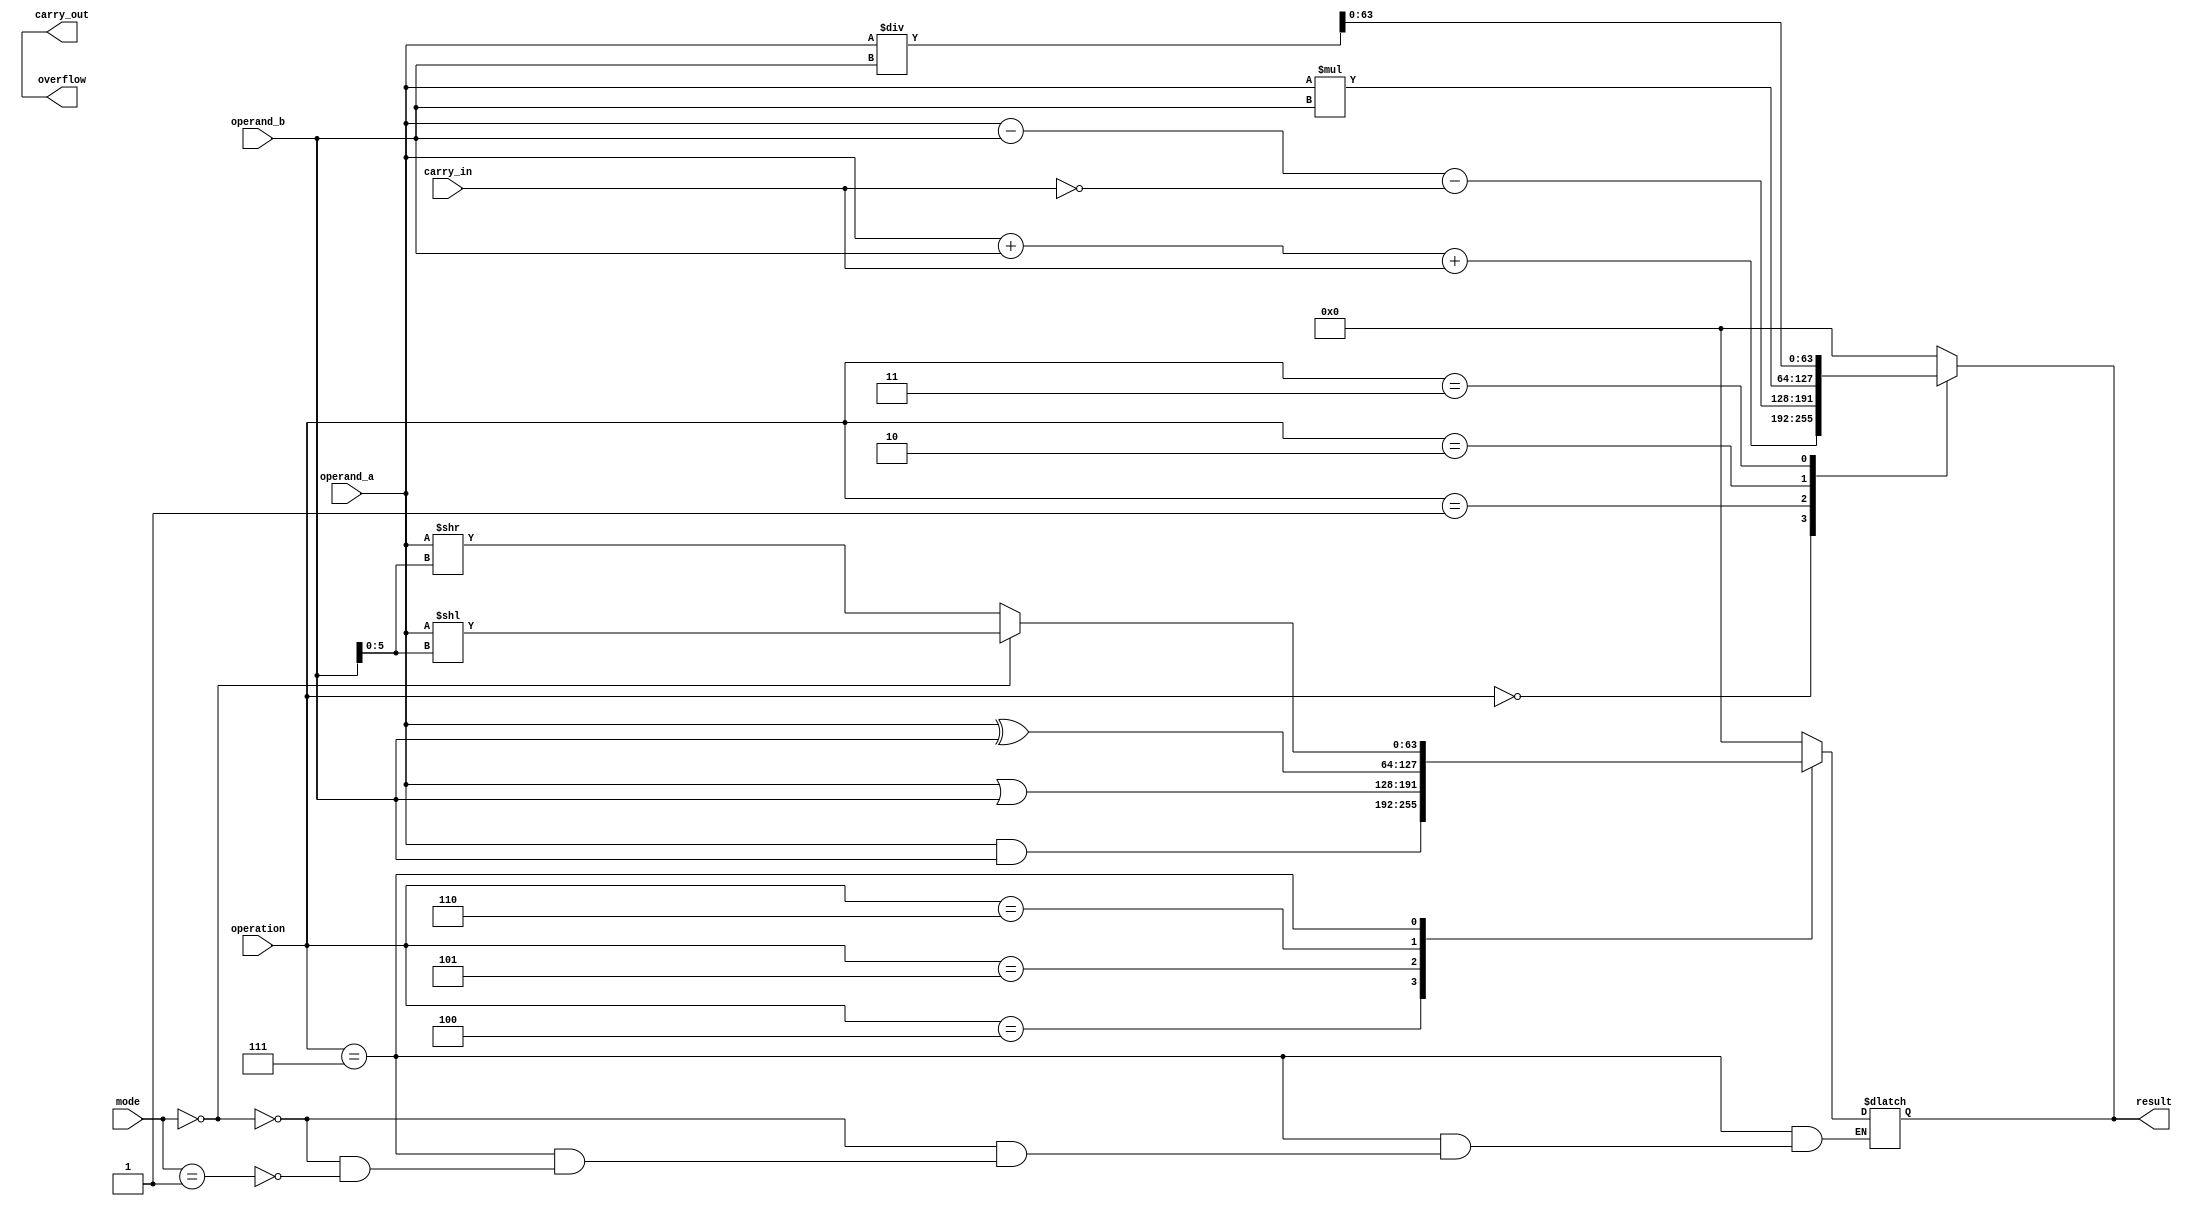
module ALU (
    input wire [63:0] operand_a,
    input wire [63:0] operand_b,
    input wire [2:0] operation,
    input wire [1:0] mode,
    input wire carry_in,
    output wire [63:0] result,
    output wire carry_out,
    output wire overflow
);

// Declare internal wires and registers
wire [63:0] temp_result;
wire [64:0] extended_operand_a;
wire [64:0] extended_operand_b;

// Extend operands to handle overflow conditions
assign extended_operand_a = {1'b0, operand_a};
assign extended_operand_b = {1'b0, operand_b};

// Implement arithmetic operations
always @(*) begin
    case (operation)
        3'b000: temp_result = extended_operand_a + extended_operand_b + carry_in;
        3'b001: temp_result = extended_operand_a - extended_operand_b - ~carry_in;
        3'b010: temp_result = extended_operand_a * extended_operand_b;
        3'b011: temp_result = extended_operand_a / extended_operand_b;
        default: temp_result = 64'b0;
    endcase
end

// Implement logical operations
always @(*) begin
    case (operation)
        3'b100: temp_result = extended_operand_a & extended_operand_b;
        3'b101: temp_result = extended_operand_a | extended_operand_b;
        3'b110: temp_result = extended_operand_a ^ extended_operand_b;
        3'b111: begin
            if (mode == 2'b00) temp_result = extended_operand_a << extended_operand_b[5:0];
            else if (mode == 2'b01) temp_result = extended_operand_a >> extended_operand_b[5:0];
        end
        default: temp_result = 64'b0;
    endcase
end

// Handle overflow and carry conditions
assign result = temp_result[63:0];
assign overflow = temp_result[64];
assign carry_out = temp_result[65];

endmodule